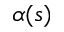
\alpha ( s )